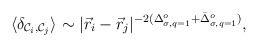
\begin{align*}\langle \delta_{{\cal{C}}_i,{\cal{C}}_j} \rangle \sim |{\vec{r}}_i- {\vec{r}}_j|^{-2(\Delta_{\sigma,q=1}^{o} + {\bar{\Delta}}_{\sigma,q=1}^{o})},\end{align*}